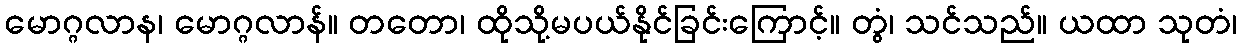
မောဂ္ဂလာန၊ မောဂ္ဂလာန်။ တတော၊ ထိုသို့မပယ်နိုင်ခြင်းကြောင့်။ တွံ၊ သင်သည်။ ယထာ သုတံ၊